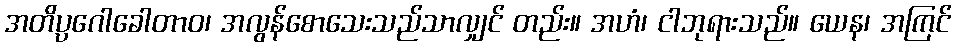
အတိပ္ပဂေါခေါတာဝ၊ အလွန်စောသေးသည်သာလျှင် တည်း။ အဟံ၊ ငါဘုရားသည်။ ယေန၊ အကြင်